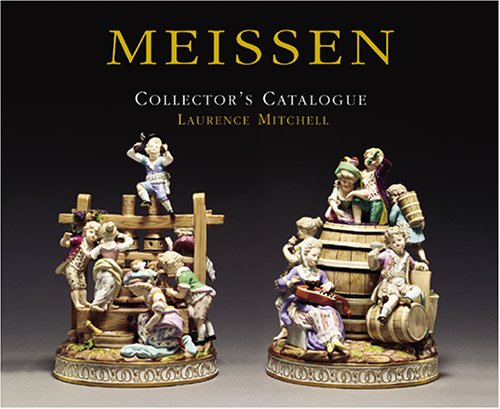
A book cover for Meissen Collector's Catalogue; Laurence Mitchell; Crafts, Hobbies & Home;